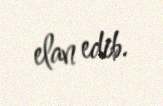
elan edib.